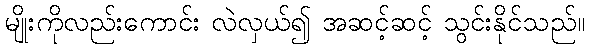
မျိုးကိုလည်းကောင်း လဲလှယ်၍ အဆင့်ဆင့် သွင်းနိုင်သည်။